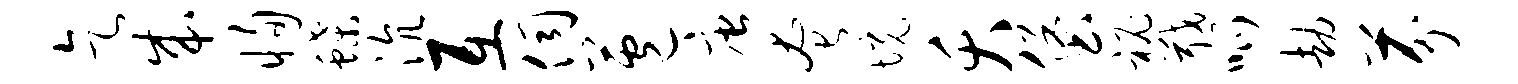
乞成恂蝶沆互伺苞唐奄境夭堡秘戢呱劫芬